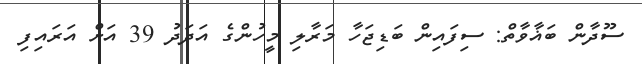
ސޫދާން ބަޣާވާތް: ސިފައިން ބަޑިޖަހާ މަރާލި މީހުންގެ އަދަދު 39 އަށް އަރައިފި